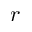
r